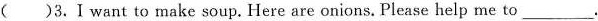
( )3.I want to make soup.Here are onions.Please help me to___.